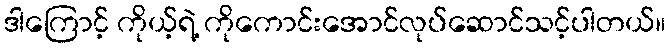
ဒါကြောင့် ကိုယ့်ရဲ့ ကိုကောင်းအောင်လုပ်ဆောင်သင့်ပါတယ်။